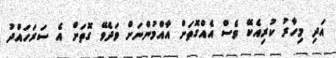
އަދި މިހާރު ކުރިއެކޭ ވެސް އެއްގޮތަށް އާއްމުންނަށް ވަދެވޭ ގޮތަށް އެ ސަރަހައްދު